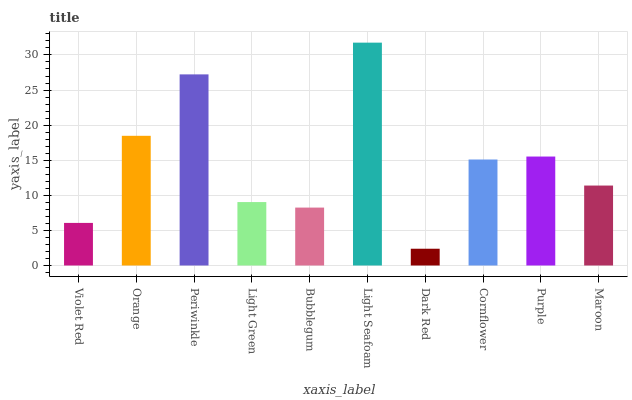
| xaxis_label | bars |
 | --- | --- |
 | Violet Red | 6.07 |
 | Orange | 18.5 |
 | Periwinkle | 27.2 |
 | Light Green | 9.04 |
 | Bubblegum | 8.25 |
 | Light Seafoam | 31.8 |
 | Dark Red | 2.39 |
 | Cornflower | 15.1 |
 | Purple | 15.5 |
 | Maroon | 11.4 |